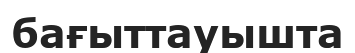
бағыттауышта